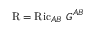
\operatorname { R } = \operatorname { R i c } _ { A B } \, G ^ { A B }